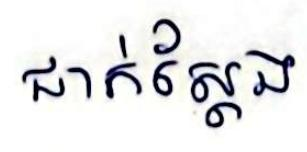
ជាក់ស្ដែង